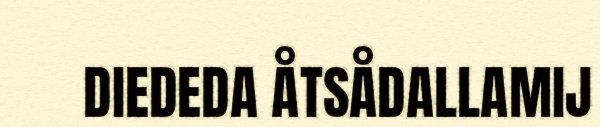
DIEDEDA ÅTSÅDALLAMIJ